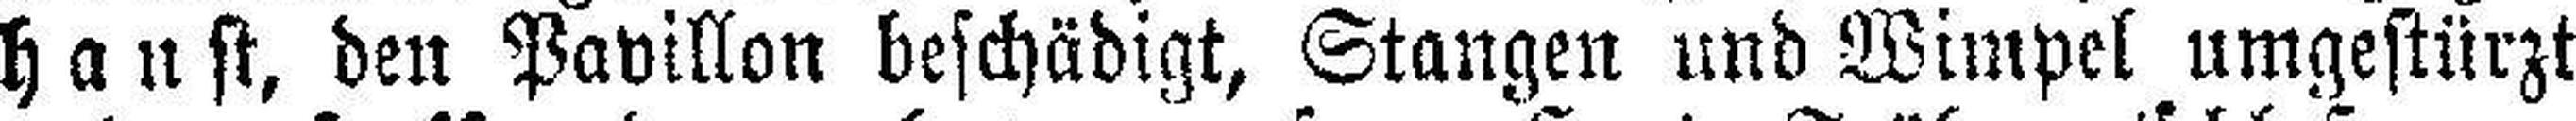
haust, den Pavillon beschädigt, Stangen und Wimpel umgestürzt